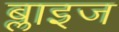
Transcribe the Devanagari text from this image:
ब्लाइज